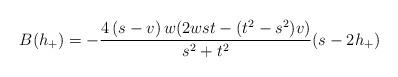
LaTeX: \begin{align*}B(h_{+})=-\dfrac{4\left( s-v\right) w{\large (}2wst-(t^{2}-s^{2})v{\large )}}{s^{2}+t^{2}}{\large (}s-2h_{+}) \end{align*}